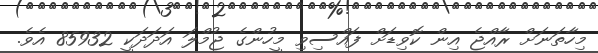
މިހާތަނަށް ރާއްޖެ އިން ކޮވިޑަށް ފައްސިވި މީހުންގެ ޖުމްލަ އަދަދަކީ 85932 އެވެ.